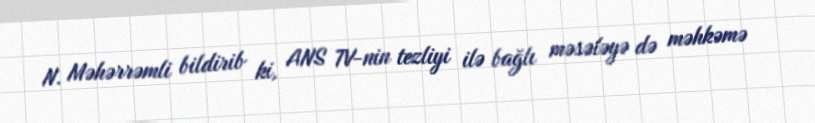
N. Məhərrəmli bildirib ki, ANS TV-nin tezliyi ilə bağlı məsələyə də məhkəmə